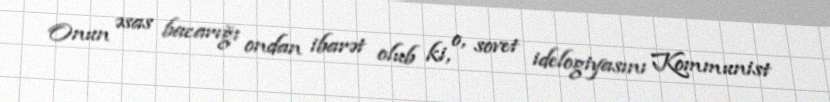
Onun əsas bacarığı ondan ibarət olub ki, o, sovet idelogiyasını Kommunist